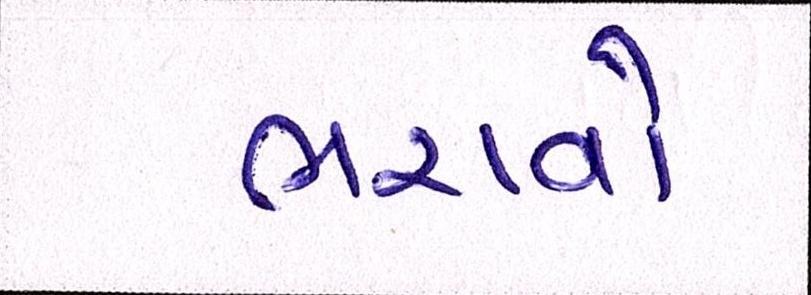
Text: ભરાવોઃ